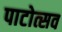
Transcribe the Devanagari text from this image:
पाटोत्सव